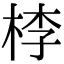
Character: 𣒶